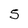
Character: 5